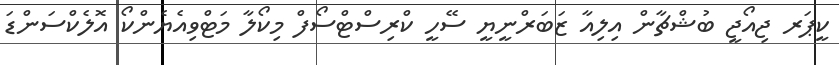
ކީޕަރ ޖިއޯޖީ ބުޝްޗާން އިލިއާ ޒަބަރްނީޔީ ސޭހީ ކްރިސްޓްސޯފް މިކޯލާ މަޓްވިއެޔެންކޯ އޮލެކްސަންޑަ